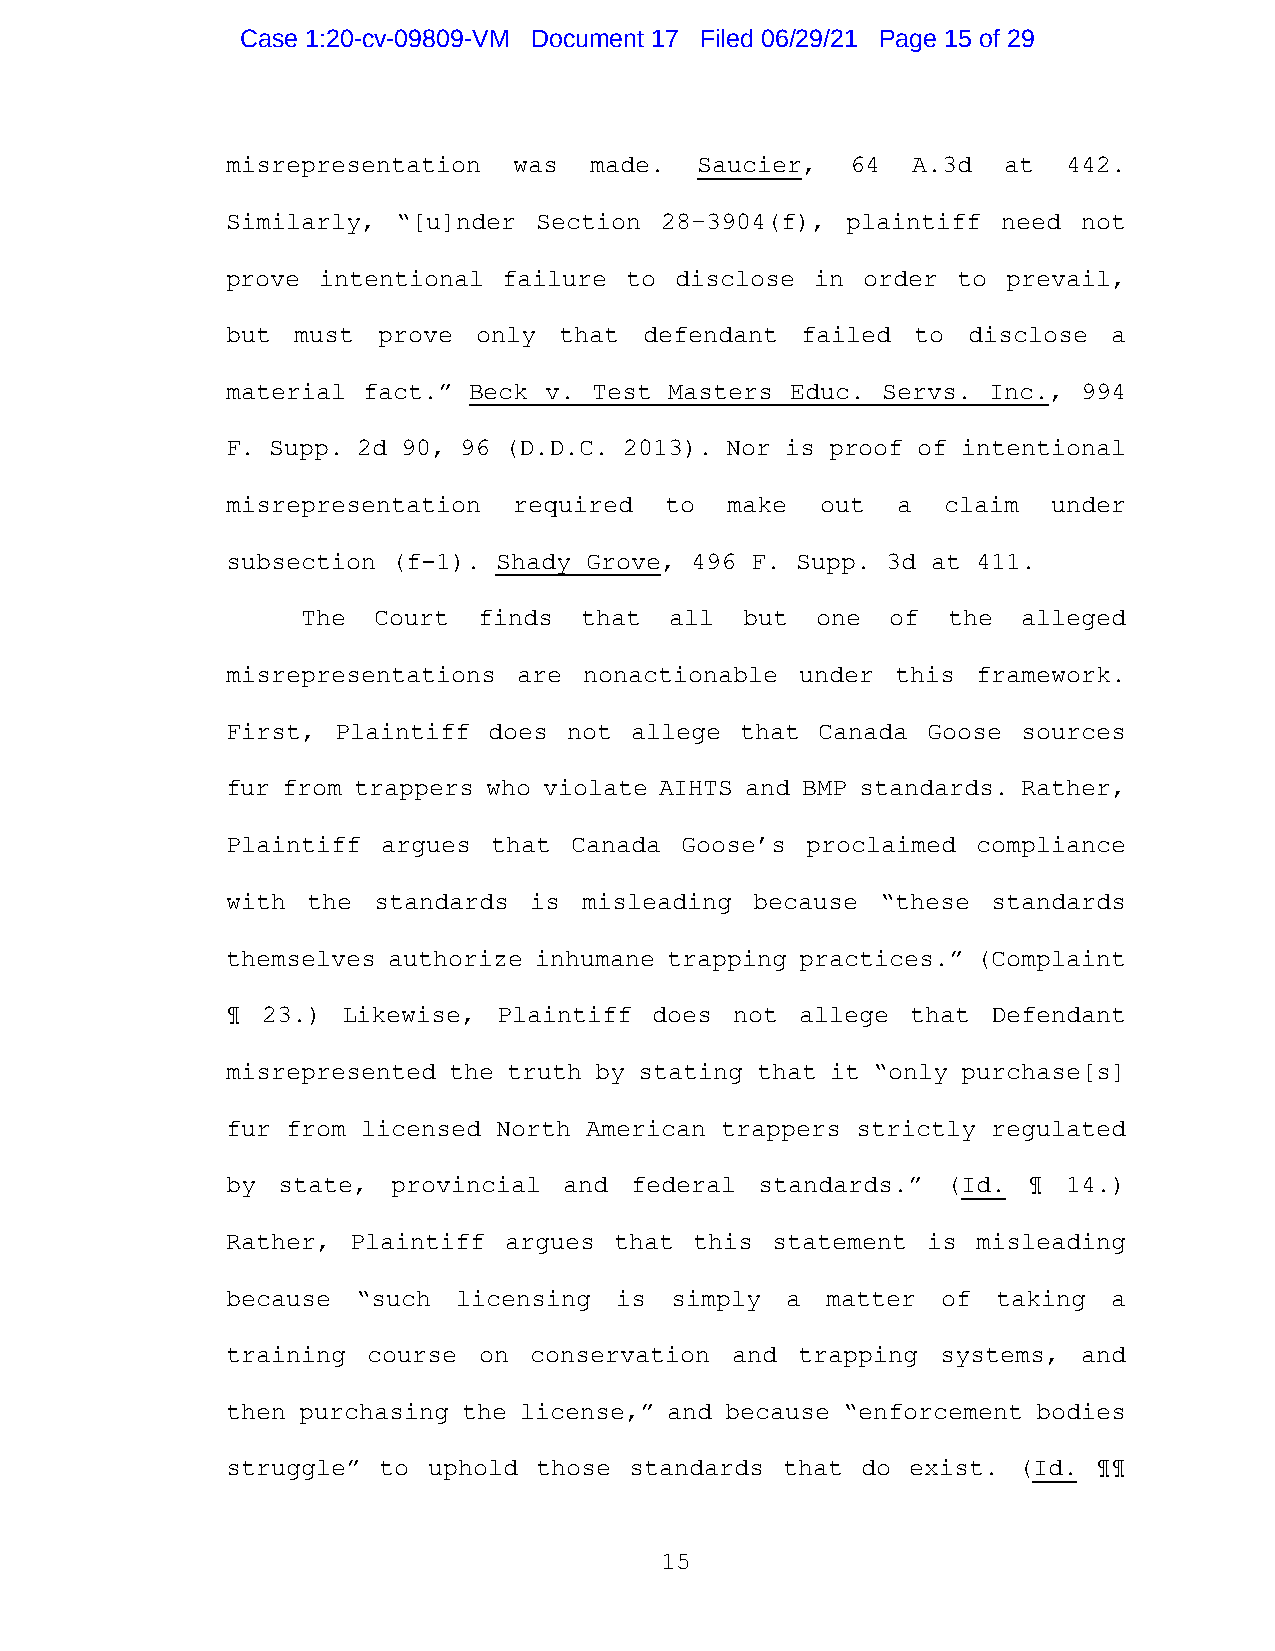
Case 1:20-cv-09809-VM Document 17 Filed 06/29/21 Page 15 of 29
 misrepresentation  was  made.  Saucier,  64  A.3d  at   442.
 Similarly, “[u]nder Section  28–3904(f), plaintiff need  not
 prove intentional failure  to disclose in order to  prevail,
 but must  prove  only that  defendant failed  to disclose  a
 material fact.” Beck v. Test Masters Educ. Servs. Inc.,  994
 F. Supp. 2d 90, 96 (D.D.C. 2013). Nor is proof of intentional
 misrepresentation  required  to  make  out  a  claim   under
 subsection (f-1). Shady Grove, 496 F. Supp. 3d at 411.
 The  Court  finds that  all  but  one  of  the  alleged
 misrepresentations are  nonactionable under this  framework.
 First, Plaintiff does  not allege that Canada Goose  sources
 fur from trappers who violate AIHTS and BMP standards. Rather,
 Plaintiff argues  that Canada Goose’s proclaimed  compliance
 with the  standards is  misleading because “these  standards
 themselves authorize inhumane trapping practices.” (Complaint
 ¶ 23.)  Likewise, Plaintiff does  not allege that  Defendant
 misrepresented the truth by stating that it “only purchase[s]
 fur from licensed North American trappers strictly regulated
 by state,  provincial and  federal standards.”  (Id. ¶  14.)
 Rather, Plaintiff argues  that this statement is  misleading
 because  “such licensing  is simply  a  matter of  taking  a
 training course  on conservation and  trapping systems,  and
 then purchasing the license,” and because “enforcement bodies
 struggle” to uphold those  standards that do exist. (Id.  ¶¶
 15